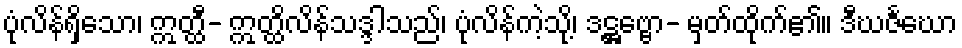
ပုံလိန်ရှိသော၊ ဣတ္ထီ- ဣတ္ထိလိန်သဒ္ဒါသည်၊ ပုံလိန်ကဲ့သို့၊ ဒဋ္ဌဗ္ဗော- မှတ်ထိုက်၏။ ဒီဃဇင်္ဃော